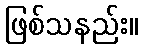
ဖြစ်သနည်း။